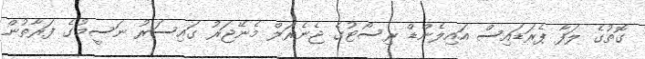
ގޮތުގެ ލަފާ ޕެރަޑައިސް އައިލެންޑް ރިސޯޓުގެ ޖެނެރަލް މެނޭޖަރު ގައިސަރު ނަސީމުގެ ފަރާތުން